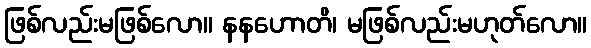
ဖြစ်လည်းမဖြစ်လော။ နနဟောတိ၊ မဖြစ်လည်းမဟုတ်လော။